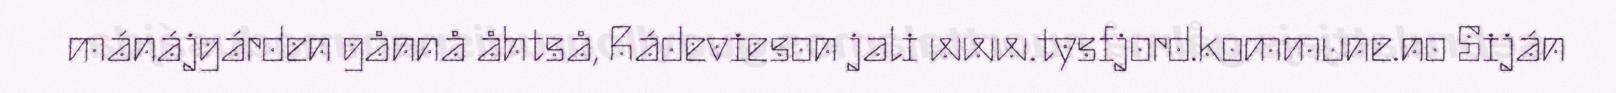
mánájgárden gånnå åhtså, Rádevieson jali www.tysfjord.kommune.no Siján